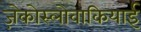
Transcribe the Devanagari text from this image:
ज़ेकोस्लोवाकियाई